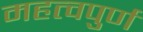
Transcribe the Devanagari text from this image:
महत्‍वपुर्ण